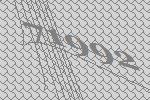
71992